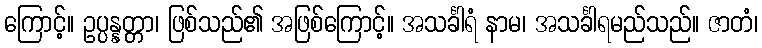
ကြောင့်။ ဥပ္ပန္နတ္တာ၊ ဖြစ်သည်၏ အဖြစ်ကြောင့်။ အသင်္ခါရံ နာမ၊ အသင်္ခါရမည်သည်။ ဇာတံ၊